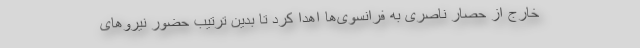
خارج از حصار ناصری به فرانسوی‌ها اهدا کرد تا بدین ترتیب حضور نیروهای